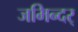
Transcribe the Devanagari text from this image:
जमिन्दर्